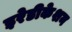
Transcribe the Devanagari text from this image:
इरेडीकेशन